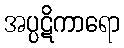
အပ္ပဋိကာရော